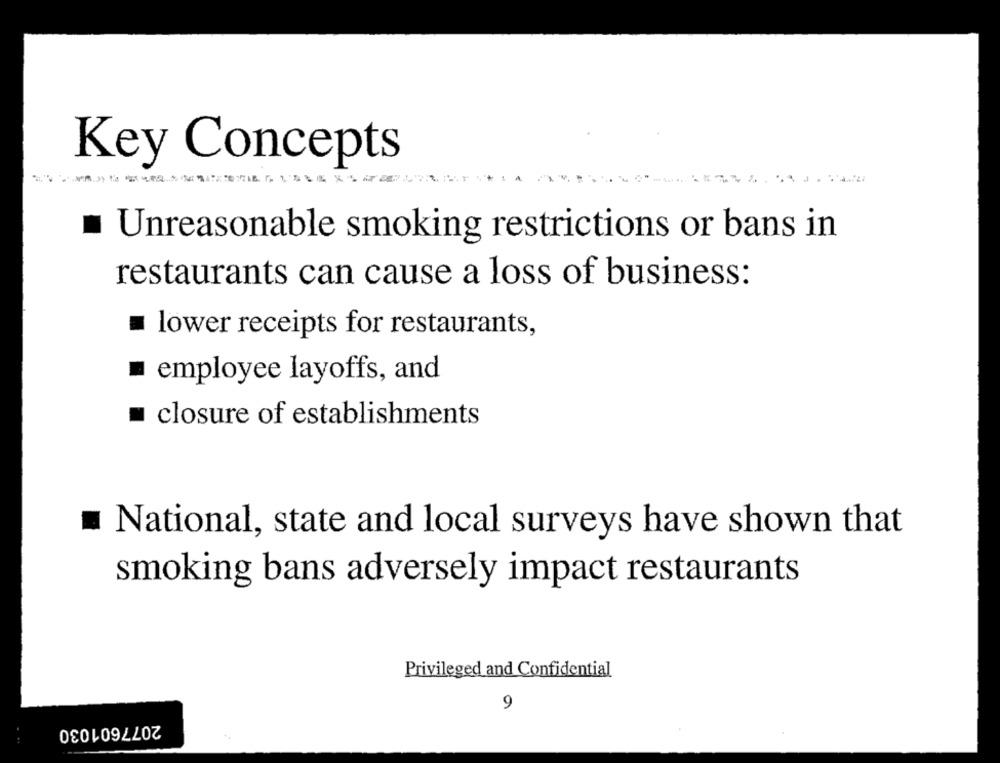
Key Concepts
Unreasonable smoking restrictions or bans in
restaurants can cause a loss of business:
lower receipts for restaurants,
employee layoffs, and
closure of establishments
National, state and local surveys have shown that
smoking bans adversely impact restaurants
Privileged and Confidential
9
2077601030